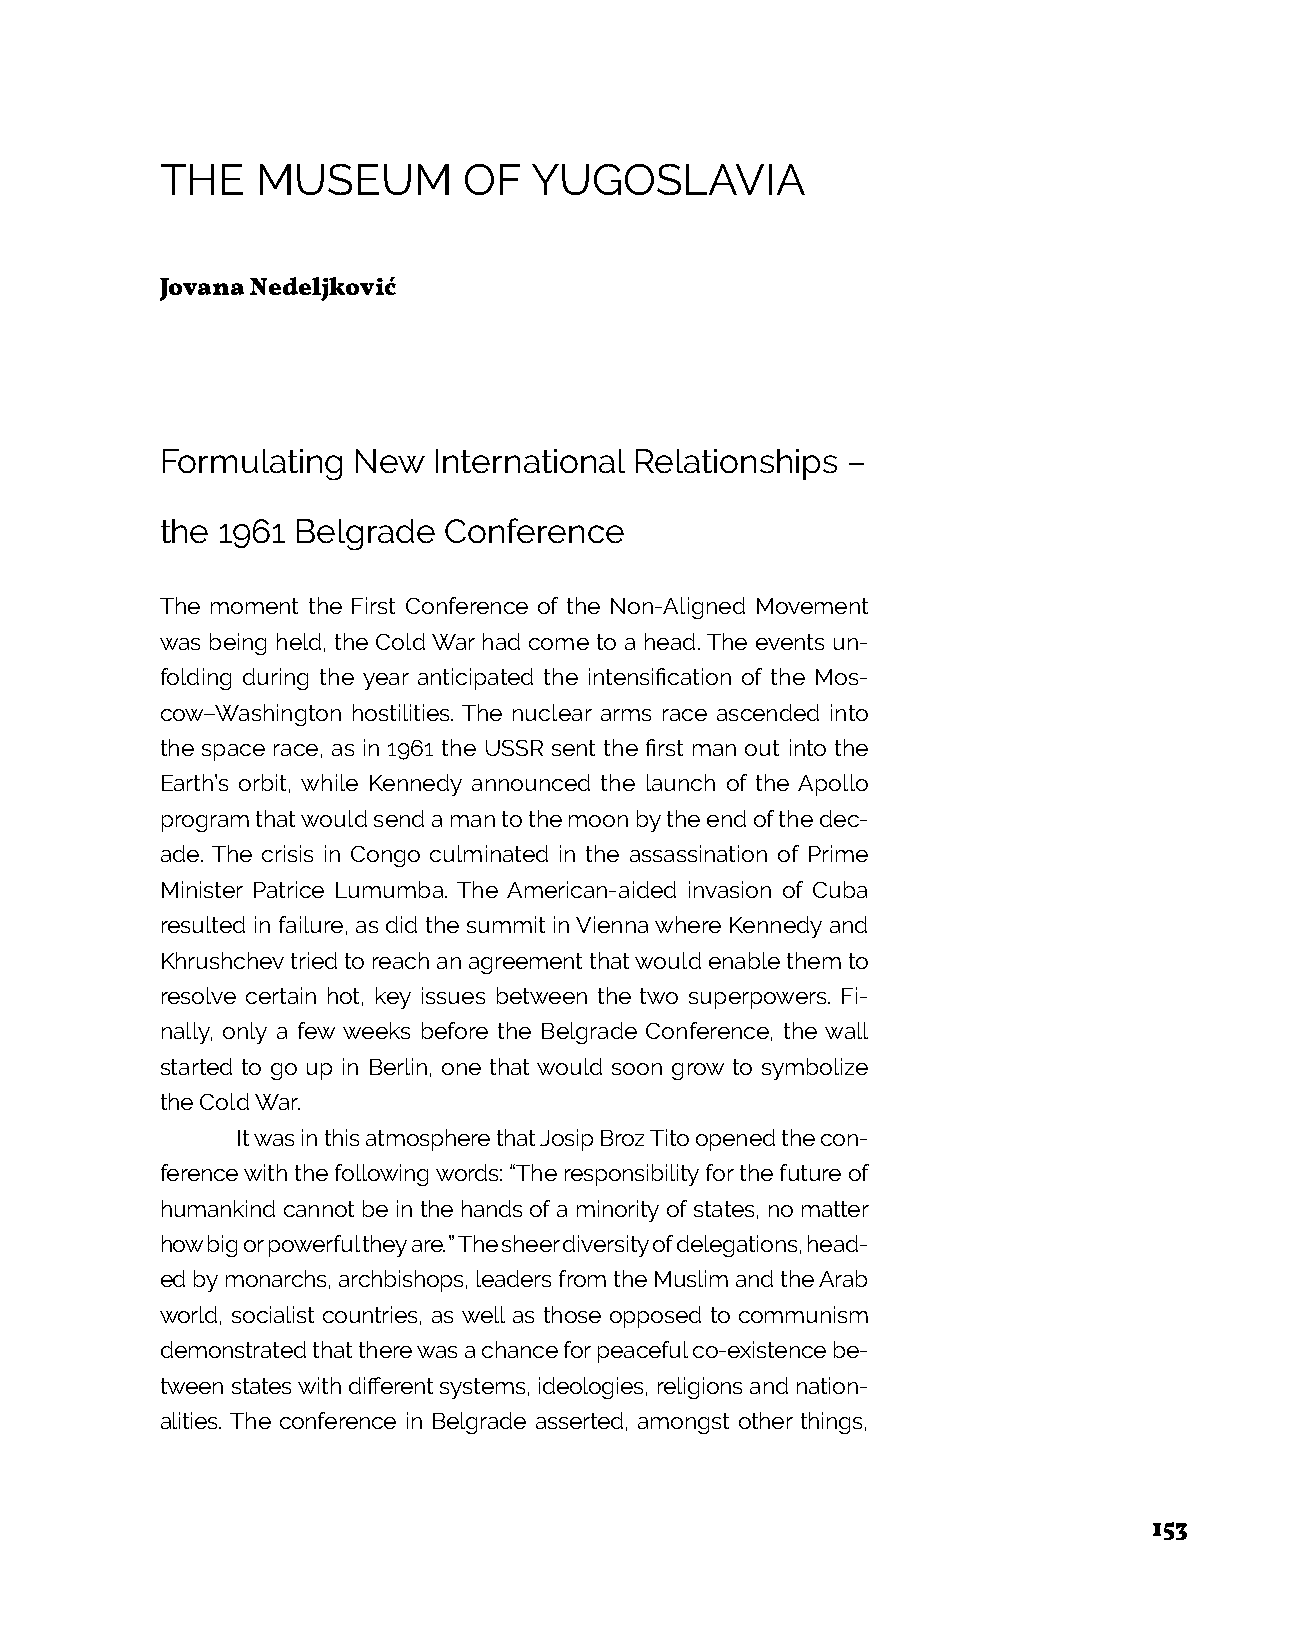
THE   MUSEUM        OF  YUGOSLAVIA
 Jovana Nedeljković
 Formulating New   International Relationships –
 the 1961 Belgrade Conference
 The moment the First Conference of the Non-Aligned Movement
 was being held, the Cold War had come to a head. The events un-
 folding during the year anticipated the intensification of the Mos-
 cow–Washington hostilities. The nuclear arms race ascended into
 the space race, as in 1961 the USSR sent the first man out into the
 Earth’s orbit, while Kennedy announced the launch of the Apollo
 program that would send a man to the moon by the end of the dec-
 ade. The crisis in Congo culminated in the assassination of Prime
 Minister Patrice Lumumba. The American-aided invasion of Cuba
 resulted in failure, as did the summit in Vienna where Kennedy and
 Khrushchev tried to reach an agreement that would enable them to
 resolve certain hot, key issues between the two superpowers. Fi-
 nally, only a few weeks before the Belgrade Conference, the wall
 started to go up in Berlin, one that would soon grow to symbolize
 the Cold War.
 It was in this atmosphere that Josip Broz Tito opened the con-
 ference with the following words: “The responsibility for the future of
 humankind cannot be in the hands of a minority of states, no matter
 how big or powerful they are.” The sheer diversity of delegations, head-
 ed by monarchs, archbishops, leaders from the Muslim and the Arab
 world, socialist countries, as well as those opposed to communism
 demonstrated that there was a chance for peaceful co-existence be-
 tween states with different systems, ideologies, religions and nation-
 alities. The conference in Belgrade asserted, amongst other things,
 153